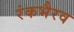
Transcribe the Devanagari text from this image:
रंकभैरव